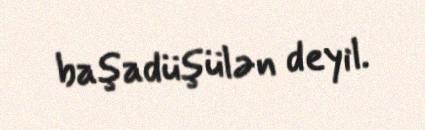
başadüşülən deyil.